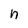
Character: n